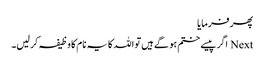
پھر فرمایا
Next اگر پیسے ختم ہو گے ہیں تو اللہ کا یہ نام کا وظیفہ کر لیں۔